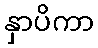
နှာပိကာ